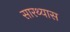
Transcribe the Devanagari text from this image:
सारथ्यास